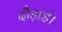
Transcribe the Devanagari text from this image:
दौड़ाई।